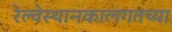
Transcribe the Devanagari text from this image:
रेल्वेस्थानकालगतच्या